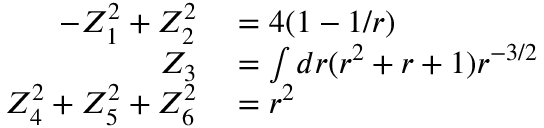
\begin{array} { r l } { - Z _ { 1 } ^ { 2 } + Z _ { 2 } ^ { 2 } } & { { } = 4 ( 1 - 1 / r ) } \\ { Z _ { 3 } } & { { } = \int d r ( r ^ { 2 } + r + 1 ) r ^ { - 3 / 2 } } \\ { Z _ { 4 } ^ { 2 } + Z _ { 5 } ^ { 2 } + Z _ { 6 } ^ { 2 } } & { { } = r ^ { 2 } } \end{array}